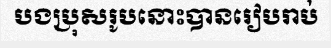
បងប្រុសរូបនោះបានរៀបរាប់